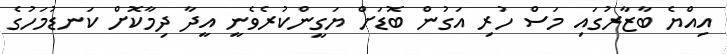
އިއްޔެ ބާޒާރުގައި މަސް ހުރި އަގުން ބޮޑަށް ޔަގީންކުރެވެނީ އީދާ ދިމާކޮށް ކަނޑުމަހުގެ